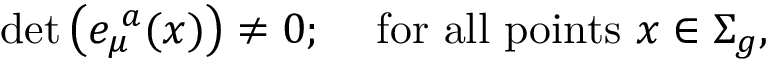
\mathrm { d e t } \left( e _ { \mu } ^ { \, \, a } ( x ) \right) \neq 0 ; \, \, \, \, \, \mathrm { ~ f o r ~ a l l ~ p o i n t s ~ } x \in \Sigma _ { g } ,